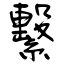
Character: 繫